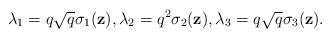
LaTeX: \begin{align*}\lambda_1=q\sqrt{q}\sigma_1(\textbf{z}),\lambda_2=q^2\sigma_2(\textbf{z}),\lambda_3=q\sqrt{q}\sigma_3(\textbf{z}).\end{align*}